Civil Veterinary Department. Madras. Admin. report 1926-33 - 1926-1933
Year: 1926
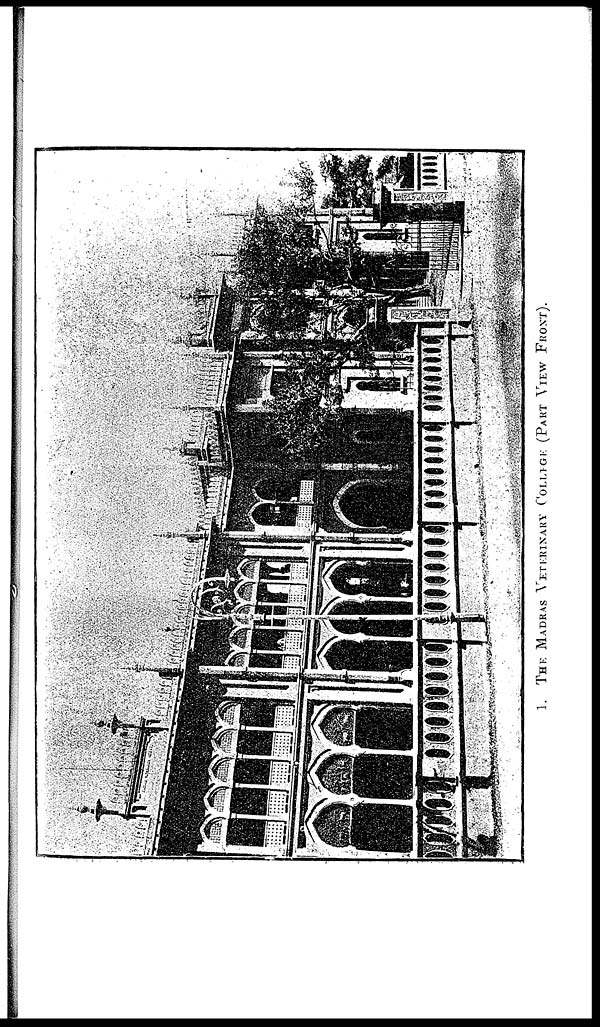
1.
THE MADRAS VETERINARY COLLEGE (PART VIEW FRONT).